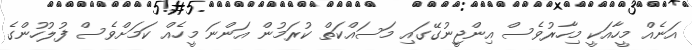
އަނެއް މީހާއަކީ މިހާރުވެސް އިންޖީނުގޭގައި މަސައްކަތް ކުރަމުން އަންނަ މީހެއް ކަމަށްވެސް ފުލުހުންގެ